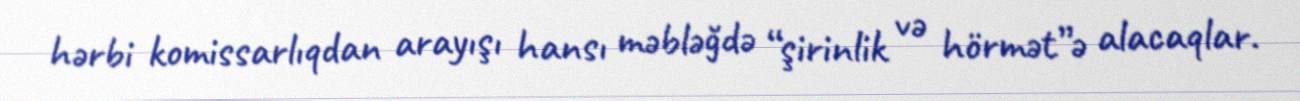
hərbi komissarlıqdan arayışı hansı məbləğdə “şirinlik və hörmət”ə alacaqlar.